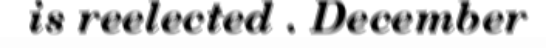
is reelected . December